Report of the Indian Hemp Drugs Commission, 1894-1895 - Volume III
Year: 1894
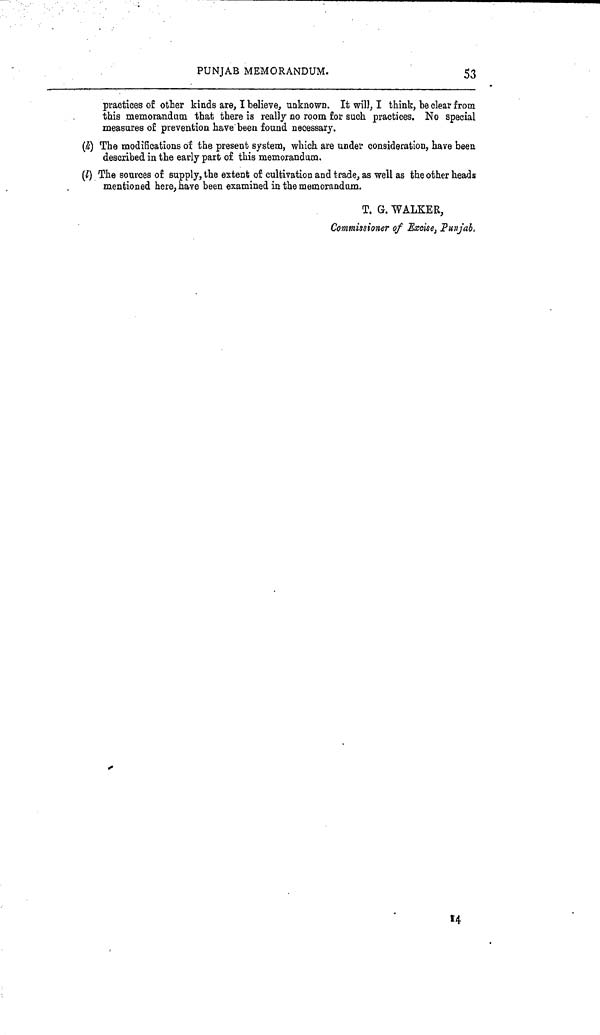
PUNJAB MEMORANDUM.
53
practices of other kinds are, I believe, unknown. It will, I think, be clear from
this memorandum that there is really no room for such practices. No special
measures of prevention have been found necessary.
(k) The modifications of the present system, which are under consideration, have been
described in the early part of this memorandum.
(l) The sources of supply, the extent of cultivation and trade, as well as the other heads
mentioned here, have been examined in the memorandum.
T. G. WALKER,
Commissioner of ExcisPunjab.